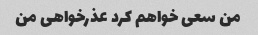
من سعی خواهم کرد عذرخواهی من